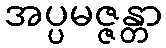
အပ္ပမဇ္ဇန္တာ